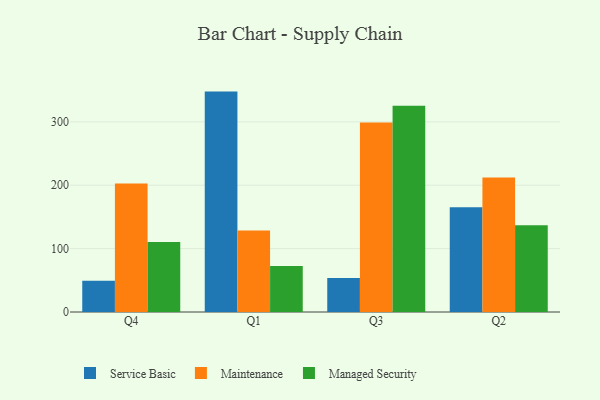
{"axis": {"x": "Quarter", "y": "Bounce Rate (%)"}, "legend": ["Maintenance", "Managed Security", "Service Basic"], "data": [{"x": "Q4", "y": 49.4, "type": "Service Basic"}, {"x": "Q4", "y": 202.8, "type": "Maintenance"}, {"x": "Q4", "y": 110.3, "type": "Managed Security"}, {"x": "Q1", "y": 347.7, "type": "Service Basic"}, {"x": "Q1", "y": 128.5, "type": "Maintenance"}, {"x": "Q1", "y": 72.4, "type": "Managed Security"}, {"x": "Q3", "y": 53.8, "type": "Service Basic"}, {"x": "Q3", "y": 299.1, "type": "Maintenance"}, {"x": "Q3", "y": 325.2, "type": "Managed Security"}, {"x": "Q2", "y": 165.2, "type": "Service Basic"}, {"x": "Q2", "y": 212.0, "type": "Maintenance"}, {"x": "Q2", "y": 136.9, "type": "Managed Security"}]}